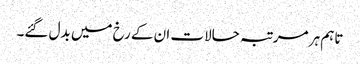
تاہم ہر مرتبہ حالات ان کے رخ میں بدل گئے۔